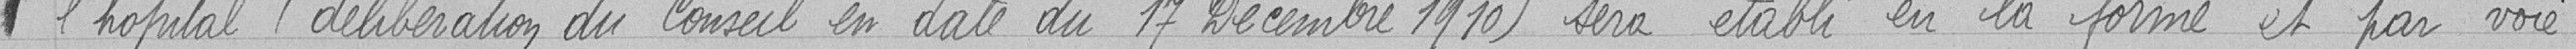
l'hôpital (délibération du Conseil en date du 17 décembre 1910) sera établi en la forme et par voie